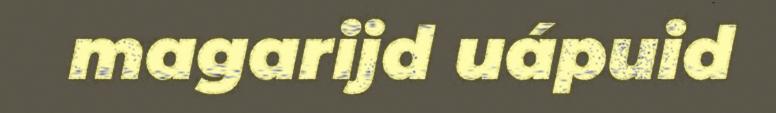
magarijd uápuid